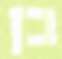
בן